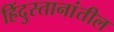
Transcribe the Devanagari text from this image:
हिंदुस्तानांतील